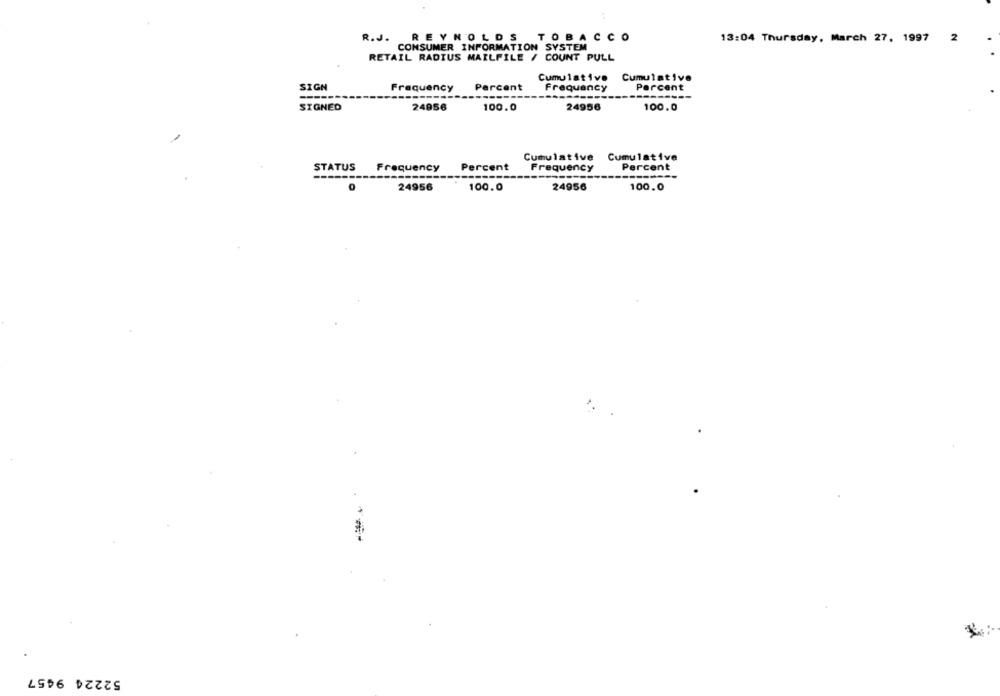
R.J.
REYNOLDS
TOBACCO
13:04 Thursday, March 27, 1997 2
CONSUMER INFORMATION SYSTEM
RETAIL RADIUS MAILFILE / COUNT PULL
Cumulative
Cumulative
SIGN
Frequency
Percent
Frequency
Percent
-------
---
SIGNED
24956
100.0
24956
100.0
Cumulative Cumulative
STATUS
Frequency
Percent
Frequency
Percent
0
24956
100.0
24956
100.0
52224 9457